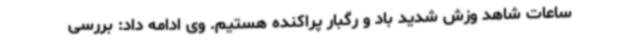
ساعات شاهد وزش شدید باد و رگبار پراکنده هستیم. وی ادامه داد: بررسی